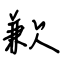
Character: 歉